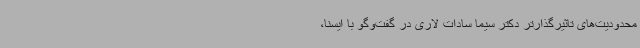
محدودیت‌های تاثیرگذارتر دکتر سیما سادات لاری در گفت‌وگو با ایسنا،